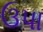
ઉપા